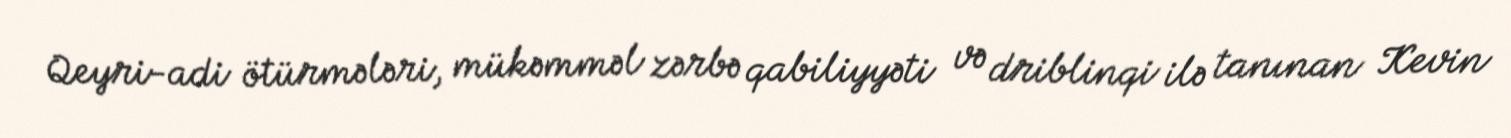
Qeyri-adi ötürmələri, mükəmməl zərbə qabiliyyəti və driblinqi ilə tanınan Kevin